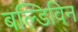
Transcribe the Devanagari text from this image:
बल्डिविन